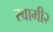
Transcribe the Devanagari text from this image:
स्वामी२